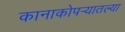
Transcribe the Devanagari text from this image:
कानाकोपर्‍यातल्या